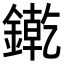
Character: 𨫬